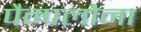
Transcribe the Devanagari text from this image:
पैम्पलोना